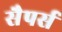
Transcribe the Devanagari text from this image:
सैपर्स